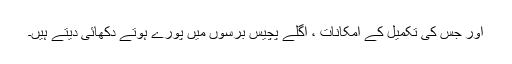
اور جس کی تکمیل کے امکانات ، اگلے پچیس برسوں میں پورے ہوتے دکھائی دیتے ہیں۔